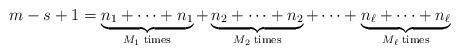
LaTeX: \begin{align*}m-s+1=\underbrace{n_{1}+\cdots+n_{1}}_{M_{1}\;\mathrm{times}}+\underbrace{n_{2}+\cdots+n_{2}}_{M_{2}\;\mathrm{times}}+\cdots+\underbrace{n_{\ell}+\cdots+ n_{\ell}}_{M_{\ell}\;\mathrm{times}}\end{align*}